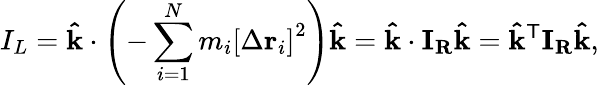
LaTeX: I_{L}=\mathbf{\hat{k}}\cdot\left(-\sum_{i=1}^{N}m_{i}\left[\Delta\mathbf{r}_{i}\right]^{2}\right)\mathbf{\hat{k}}=\mathbf{\hat{k}}\cdot\mathbf{I}_{\mathbf{R}}\mathbf{\hat{k}}=\mathbf{\hat{k}}^{\mathsf{T}}\mathbf{I}_{\mathbf{R}}\mathbf{\hat{k}},